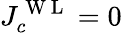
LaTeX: J_{c}^{\mathrm{~W~L~}}=0